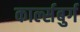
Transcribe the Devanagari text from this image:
कार्ल्सबुर्ग